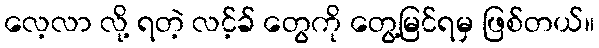
လေ့လာ လို့ ရတဲ့ လင့်ခ် တွေကို တွေ့မြင်ရမှ ဖြစ်တယ်။